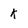
Character: k